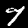
Digit: 7